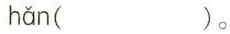
hǎn ()。